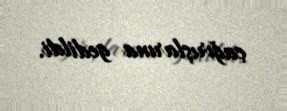
çağırışlarına gedildi.